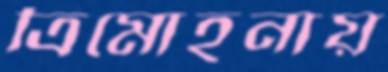
ত্রিমোহনায়